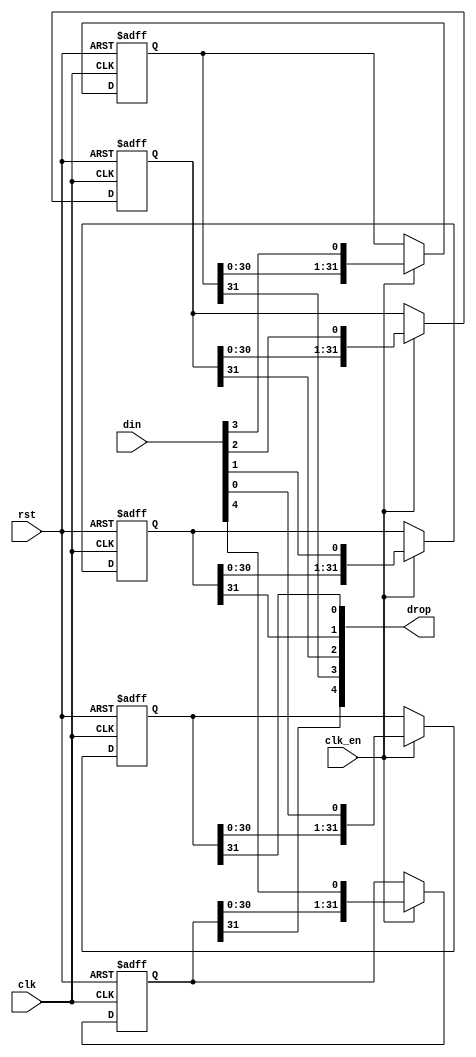
/*  This file is part of JT6295.

    JT6295 is free software: you can redistribute it and/or modify
    it under the terms of the GNU General Public License as published by
    the Free Software Foundation, either version 3 of the License, or
    (at your option) any later version.

    JT6295 is distributed in the hope that it will be useful,
    but WITHOUT ANY WARRANTY; without even the implied warranty of
    MERCHANTABILITY or FITNESS FOR A PARTICULAR PURPOSE.  See the
    GNU General Public License for more details.

    You should have received a copy of the GNU General Public License
    along with JT6295.  If not, see <http://www.gnu.org/licenses/>.

	Author: Jose Tejada Gomez. Twitter: @topapate
	Version: 1.0
	Date: 6-1-2020
	*/

// STAGES must be greater than 2
module jt6295_sh_rst #(parameter WIDTH=5, STAGES=32, RSTVAL=1'b0 )
(
	input					rst,	
	input 					clk,
	input					clk_en /* synthesis direct_enable */,
	input		[WIDTH-1:0]	din,
   	output		[WIDTH-1:0]	drop
);

reg [STAGES-1:0] bits[WIDTH-1:0];

genvar i;
integer k;
generate
initial
	for (k=0; k < WIDTH; k=k+1) begin
		bits[k] = { STAGES{RSTVAL}};
	end
endgenerate

generate
	for (i=0; i < WIDTH; i=i+1) begin: bit_shifter
		always @(posedge clk, posedge rst) 
			if( rst ) begin
				bits[i] <= {STAGES{RSTVAL}};
			end else if(clk_en) begin
				bits[i] <= {bits[i][STAGES-2:0], din[i]};
			end
		assign drop[i] = bits[i][STAGES-1];
	end
endgenerate

endmodule